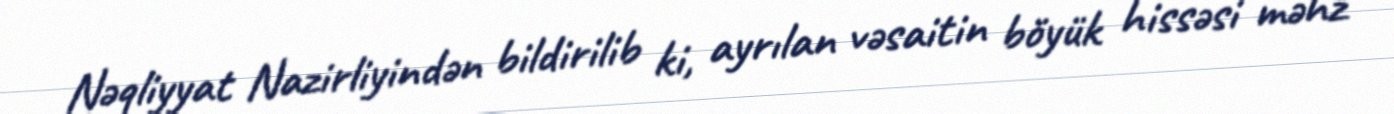
Nəqliyyat Nazirliyindən bildirilib ki, ayrılan vəsaitin böyük hissəsi məhz